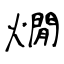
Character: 燗